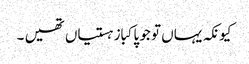
کیونکہ یہاں تو جو پاکباز ہستیاں تھیں ۔